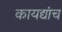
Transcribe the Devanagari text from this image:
कायद्यांच